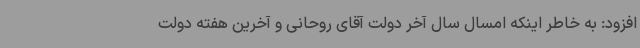
افزود: به خاطر اینکه امسال سال آخر دولت آقای روحانی و آخرین هفته دولت